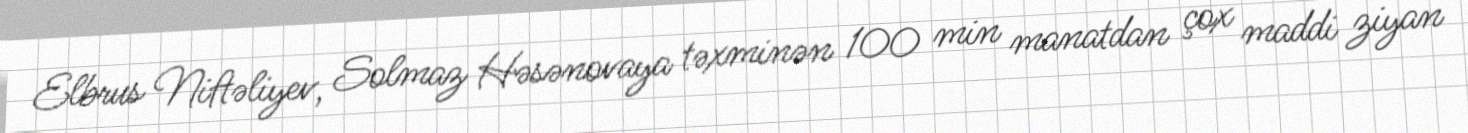
Elbrus Niftəliyev, Solmaz Həsənovaya təxminən 100 min manatdan çox maddi ziyan